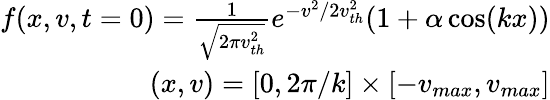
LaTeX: \begin{array}{r}{f(x,v,t=0)=\frac{1}{\sqrt{2\pi v_{th}^{2}}}e^{-v^{2}/2v_{th}^{2}}(1+\alpha\cos(kx))}\\ {(x,v)=\left[0,2\pi/k\right]\times\left[-v_{max},v_{max}\right]}\end{array}